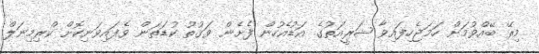
މިރޭ ބޭއްވުމަށް ހަމަޖެހިފައިވާ ޝަރީއަތުގެ އަޑުއެހުން ފެށެން ވަގުތު ކުޑަތަން ވެފައިވަނިކޮށް ކްރިމިނަލް